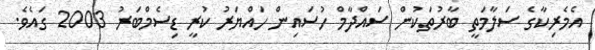
އެމެރިކާގެ ސަލާމަތީ ބާރުތަކުން ސައްދާމް ހުސައިން ހައްޔަރު ކުރީ ޑިސެމްބަރު 2003 ގައެވެ.